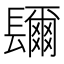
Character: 镾